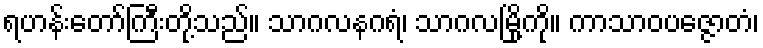
ရဟန်းတော်ကြီးတို့သည်။ သာဂလနဂရံ၊ သာဂလမြို့ကို။ ကာသာဝပဇ္ဇောတံ၊